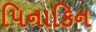
પિનાકિન